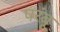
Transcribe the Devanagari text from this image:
परंबू